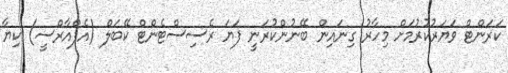
ކަރަންޓް ވަޔަރުކުރުމަށް މިހާރު ގިނައިން ބޭނުންކުރަނީ ފަޔަ ރެސިސްޓެންޓް ކޭބަލް (އެފްއާރްސީ) ކިޔާ